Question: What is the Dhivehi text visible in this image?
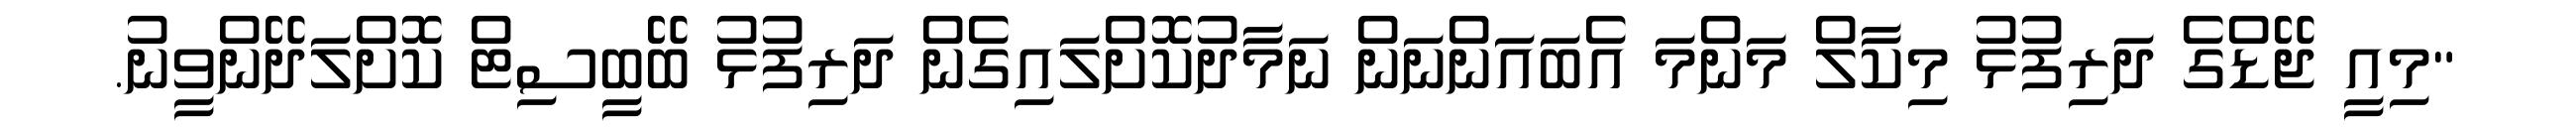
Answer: "މިއީ ޖޭޑްގެ ދަރިފުޅު މިކާލް މަންމަ އެބައަންނަން ނަމާދުކޮށްލައިގެން ދަރިފުޅު ބޭބީސިޓް ކޮށްލަދޭންވީނު.